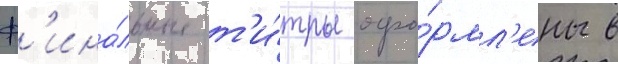
Ф'ина́льные т'и́тры офо́рмл'ены в